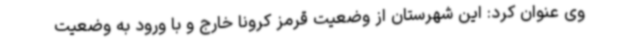
وی عنوان کرد: این شهرستان از وضعیت قرمز کرونا خارج و با ورود به وضعیت